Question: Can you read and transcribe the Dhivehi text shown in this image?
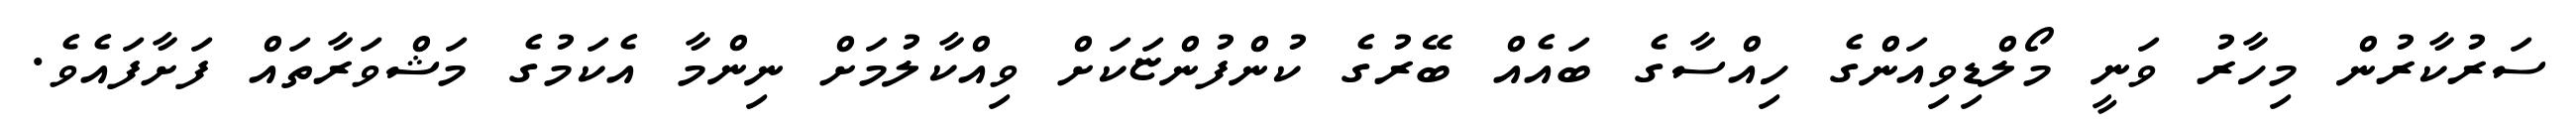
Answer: ސަރުކާރުން މިހާރު ވަނީ މޯލްޑިވިއަންގެ ހިއްސާގެ ބައެއް ބޭރުގެ ކުންފުންޏަކަށް ވިއްކާލުމަށް ނިންމާ އެކަމުގެ މަޝްވަރާތައް ފަށާފައެވެ.